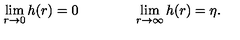
\lim _ { r \rightarrow 0 } h ( r ) = 0 \qquad \qquad \lim _ { r \rightarrow \infty } h ( r ) = \eta .